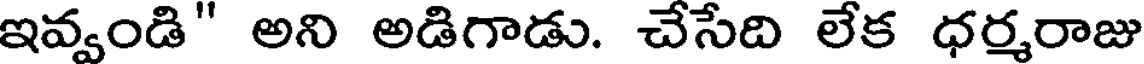
ఇవ్వండి" అని అడిగాడు. చేసేది లేక ధర్మరాజు